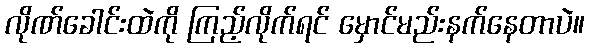
လိုဏ်ခေါင်းထဲကို ကြည့်လိုက်ရင် မှောင်မည်းနက်နေတာပဲ။